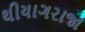
થીયાગરાજા